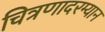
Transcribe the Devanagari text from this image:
चित्रणादरम्यान